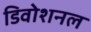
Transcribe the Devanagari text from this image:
डिवोशनल